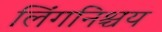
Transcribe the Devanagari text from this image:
लिंगनिश्चय